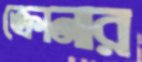
ক্রোনার